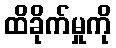
ထိခိုက်မှုကို